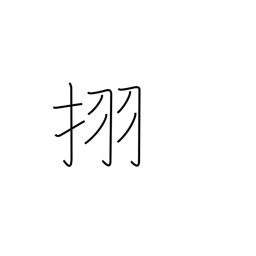
Meaning: Japanese horse chestnut